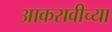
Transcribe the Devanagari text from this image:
आकरावीच्या